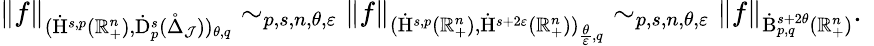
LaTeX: \begin{array}{r}{\lVert f\rVert_{(\dot{\mathrm{H}}^{s,p}(\mathbb{R}_{+}^{n}),\dot{\mathrm{D}}_{p}^{s}(\mathring{\Delta}_{\mathcal{J}}))_{\theta,q}}\sim_{p,s,n,\theta,\varepsilon}\lVert f\rVert_{(\dot{\mathrm{H}}^{s,p}(\mathbb{R}_{+}^{n}),\dot{\mathrm{H}}^{s+2\varepsilon}(\mathbb{R}_{+}^{n}))_{\frac{\theta}{\varepsilon},q}}\sim_{p,s,n,\theta,\varepsilon}\lVert f\rVert_{\dot{\mathrm{B}}_{p,q}^{s+2\theta}(\mathbb{R}_{+}^{n})}\mathrm{.~}}\end{array}